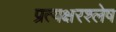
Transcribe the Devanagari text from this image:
प्रत्यक्षरश्लेष